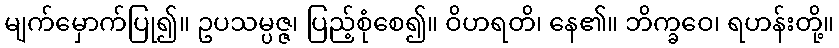
မျက်မှောက်ပြု၍။ ဥပသမ္ပဇ္ဇ၊ ပြည့်စုံစေ၍။ ဝိဟရတိ၊ နေ၏။ ဘိက္ခဝေ၊ ရဟန်းတို့။